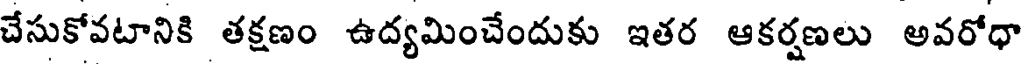
చేసుకోవటానికి తక్షణం ఉద్యమించేందుకు ఇతర ఆకర్షణలు అవరోధా